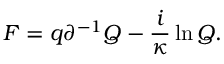
{ \cal F } = q \partial ^ { - 1 } Q - \frac { i } { \kappa } \ln Q .